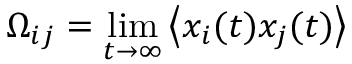
\Omega _ { i j } = \operatorname* { l i m } _ { t \rightarrow \infty } \left\langle x _ { i } ( t ) x _ { j } ( t ) \right\rangle